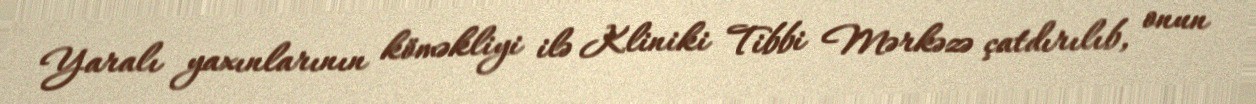
Yaralı yaxınlarının köməkliyi ilə Kliniki Tibbi Mərkəzə çatdırılıb, onun